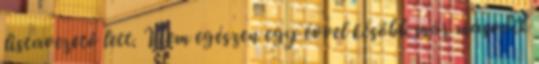
listavezető lett. Nem egészen egy évvel később már második